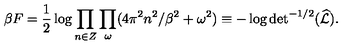
\beta F = { \frac { 1 } { 2 } } \log \prod _ { n \in Z } \prod _ { \omega } ( 4 \pi ^ { 2 } n ^ { 2 } / \beta ^ { 2 } + \omega ^ { 2 } ) \equiv - \log \mathrm { d e t } ^ { - 1 / 2 } ( \widehat { \cal L } ) .